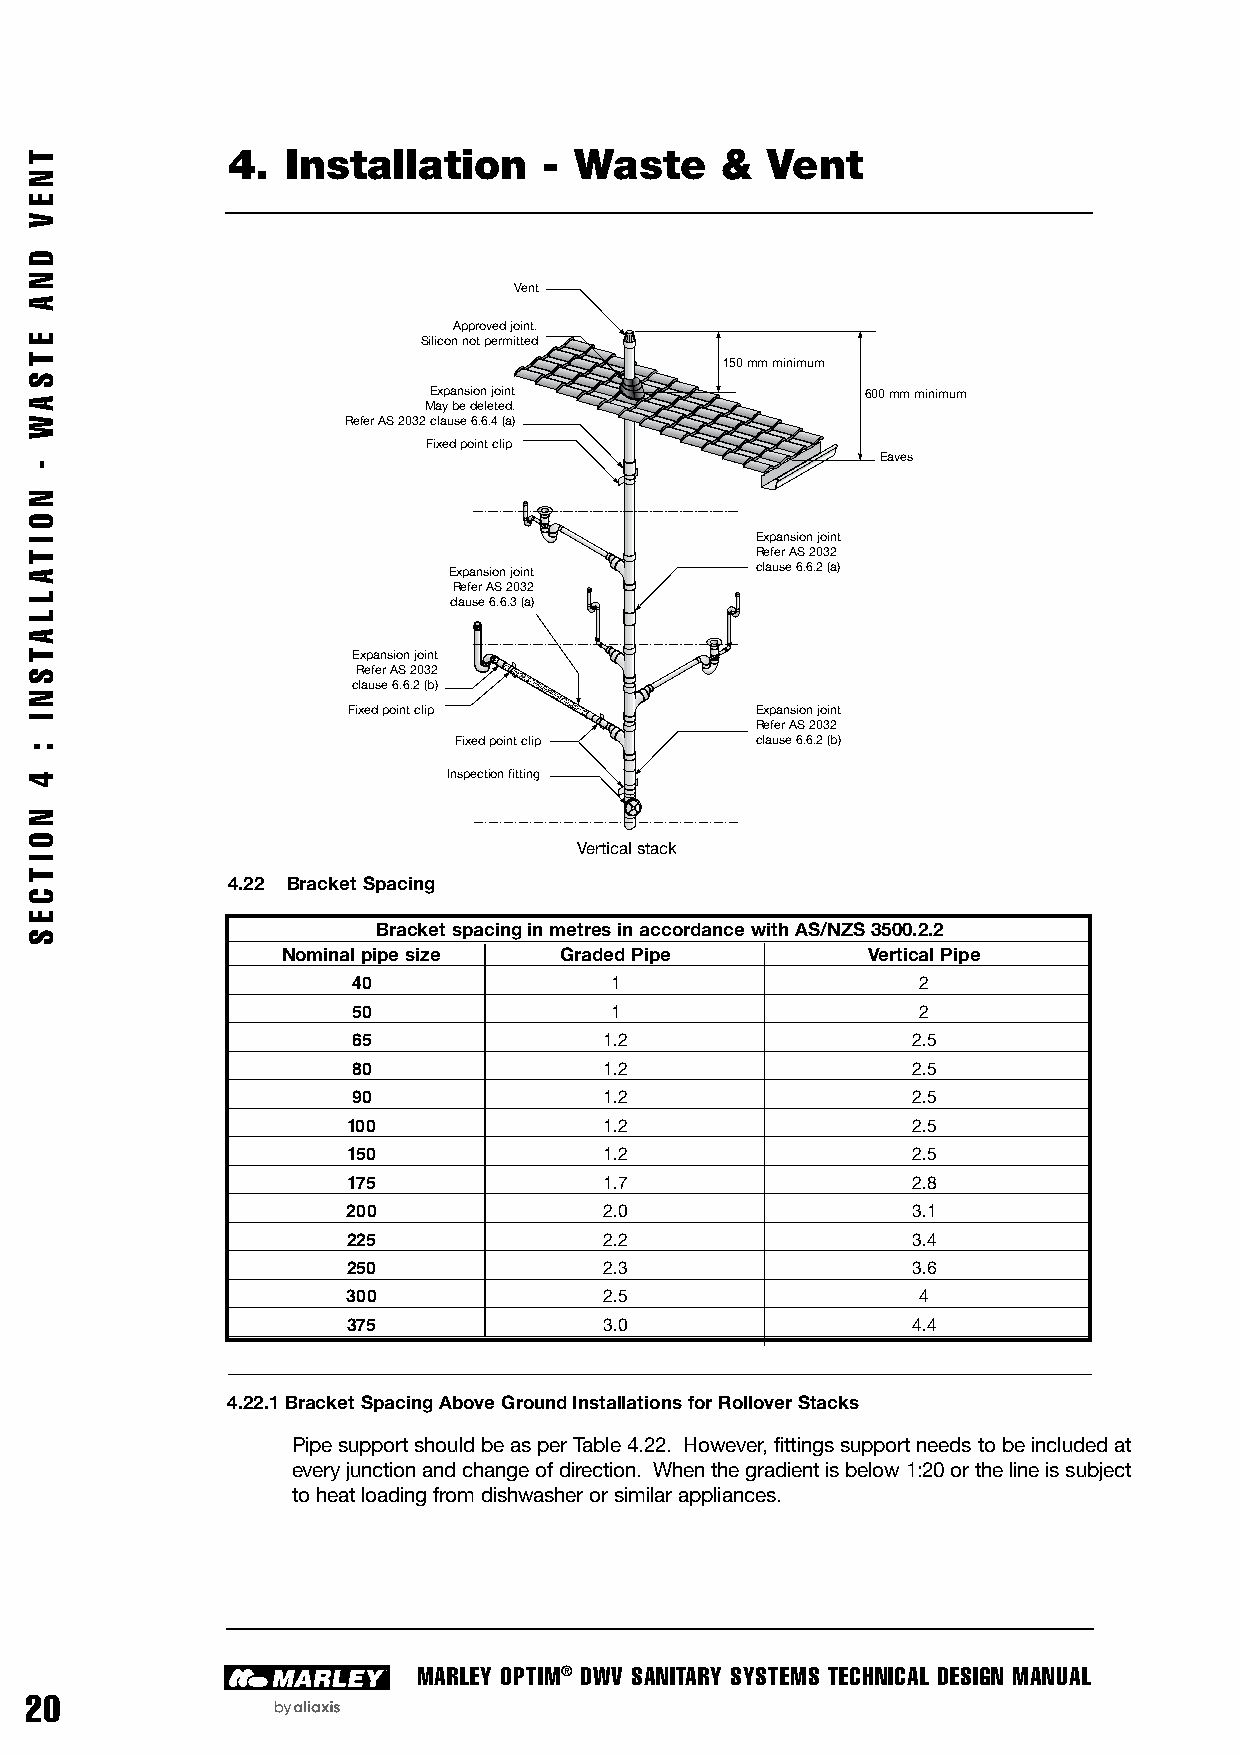
4.  Installation     - Waste     &  Vent
 Vent
 Approved joint.
 Silicon not permitted
 150 mm minimum
 Expansion joint              600 mm minimum
 May be deleted.
 Refer AS 2032 clause 6.6.4 (a)
 Fixed point clip
 Eaves
 Expansion joint
 Refer AS 2032
 Expansion joint     clause 6.6.2 (a)
 Refer AS 2032
 clause 6.6.3 (a)
 Expansion joint
 Refer AS 2032
 clause 6.6.2 (b)
 Fixed point clip           Expansion joint
 Refer AS 2032
 Fixed point clip    clause 6.6.2 (b)
 Inspection fitting
 Vertical stack
 4.22 Bracket Spacing
 Bracket spacing in metres in accordance with AS/NZS 3500.2.2
 Nominal pipe size Graded Pipe         Vertical Pipe
 40               1                    2
 50               1                    2
 65               1.2                 2.5
 80               1.2                 2.5
 90               1.2                 2.5
 100              1.2                 2.5
 150              1.2                 2.5
 175              1.7                 2.8
 200              2.0                 3.1
 225              2.2                 3.4
 250              2.3                 3.6
 300              2.5                  4
 375              3.0                 4.4
 4.22.1 Bracket Spacing Above Ground Installations for Rollover Stacks
 Pipe support should be as per Table 4.22. However, fittings support needs to be included at
 every junction and change of direction. When the gradient is below 1:20 or the line is subject
 to heat loading from dishwasher or similar appliances.
 MARLEY OPTIM® DWV SANITARY SYSTEMS TECHNICAL DESIGN MANUAL
 20
 T
 N
 E
 V
 D
 N
 A
 E
 T
 S
 AW
 -
 N
 O
 I
 TA
 L
 L
 AT
 S
 N
 I
 :
 4
 N
 O
 I
 T
 C
 E
 S